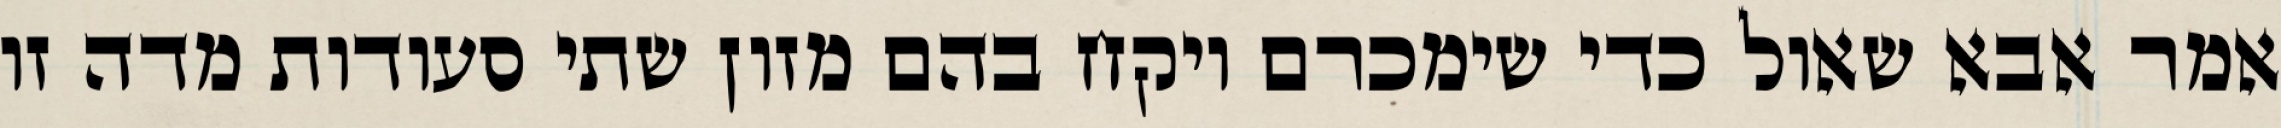
אמר אבא שאול כדי שימכרם ויקח בהם מזון שתי סעודות מדה זו